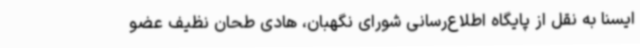
ایسنا به نقل از پایگاه اطلاع‌رسانی شورای نگهبان، هادی طحان نظیف عضو